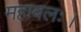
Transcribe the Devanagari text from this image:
महाबलः।